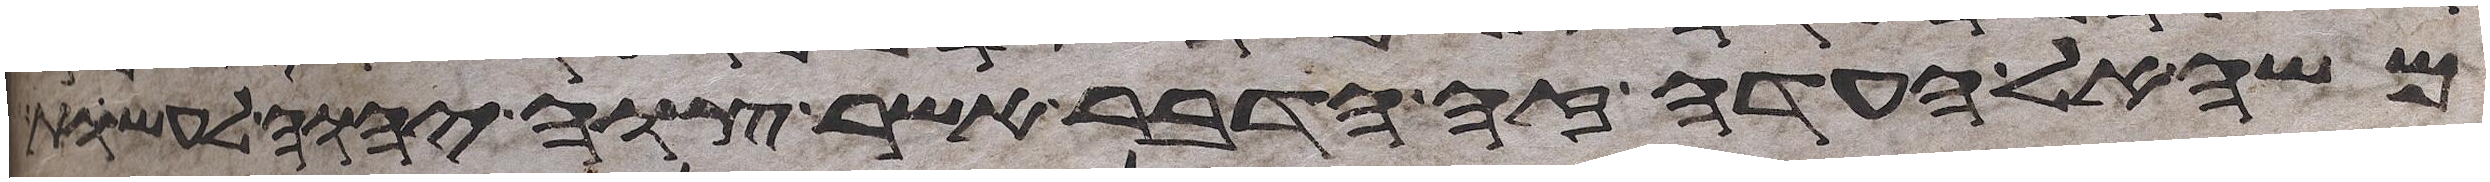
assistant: משה אל העדה זה הדבר אשר צוה יהוה לעשות